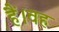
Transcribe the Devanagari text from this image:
हैं।वह